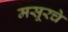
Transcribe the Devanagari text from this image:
मसूरचे